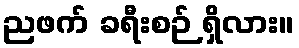
ညဖက် ခရီးစဉ် ရှိလား။